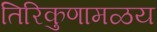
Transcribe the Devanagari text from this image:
तिरिकुणामळय